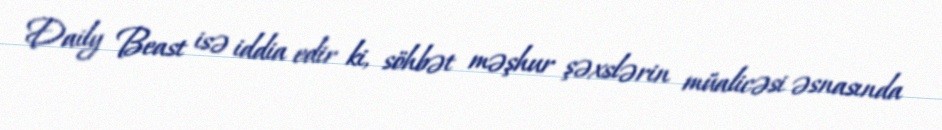
Daily Beast isə iddia edir ki, söhbət məşhur şəxslərin müalicəsi əsnasında